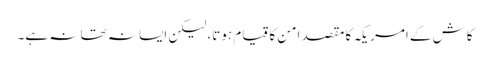
کاش کے امریکہ کا مقصد امن کا قیام ہوتا، لیکن ایسا نہ تھا نہ ہے۔